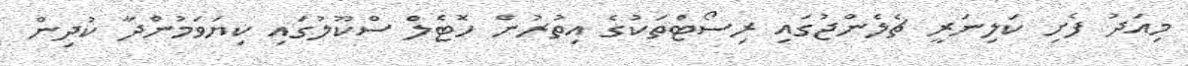
މިއަދު ފެށި ކަލިނަރީ ޗެލެންޖުގައި ރިސޯޓްތަކުގެ އިތުރުން ހޮޓެލް ސްކޫލުގައި ކިޔަވަމުންދާ ކުދިން